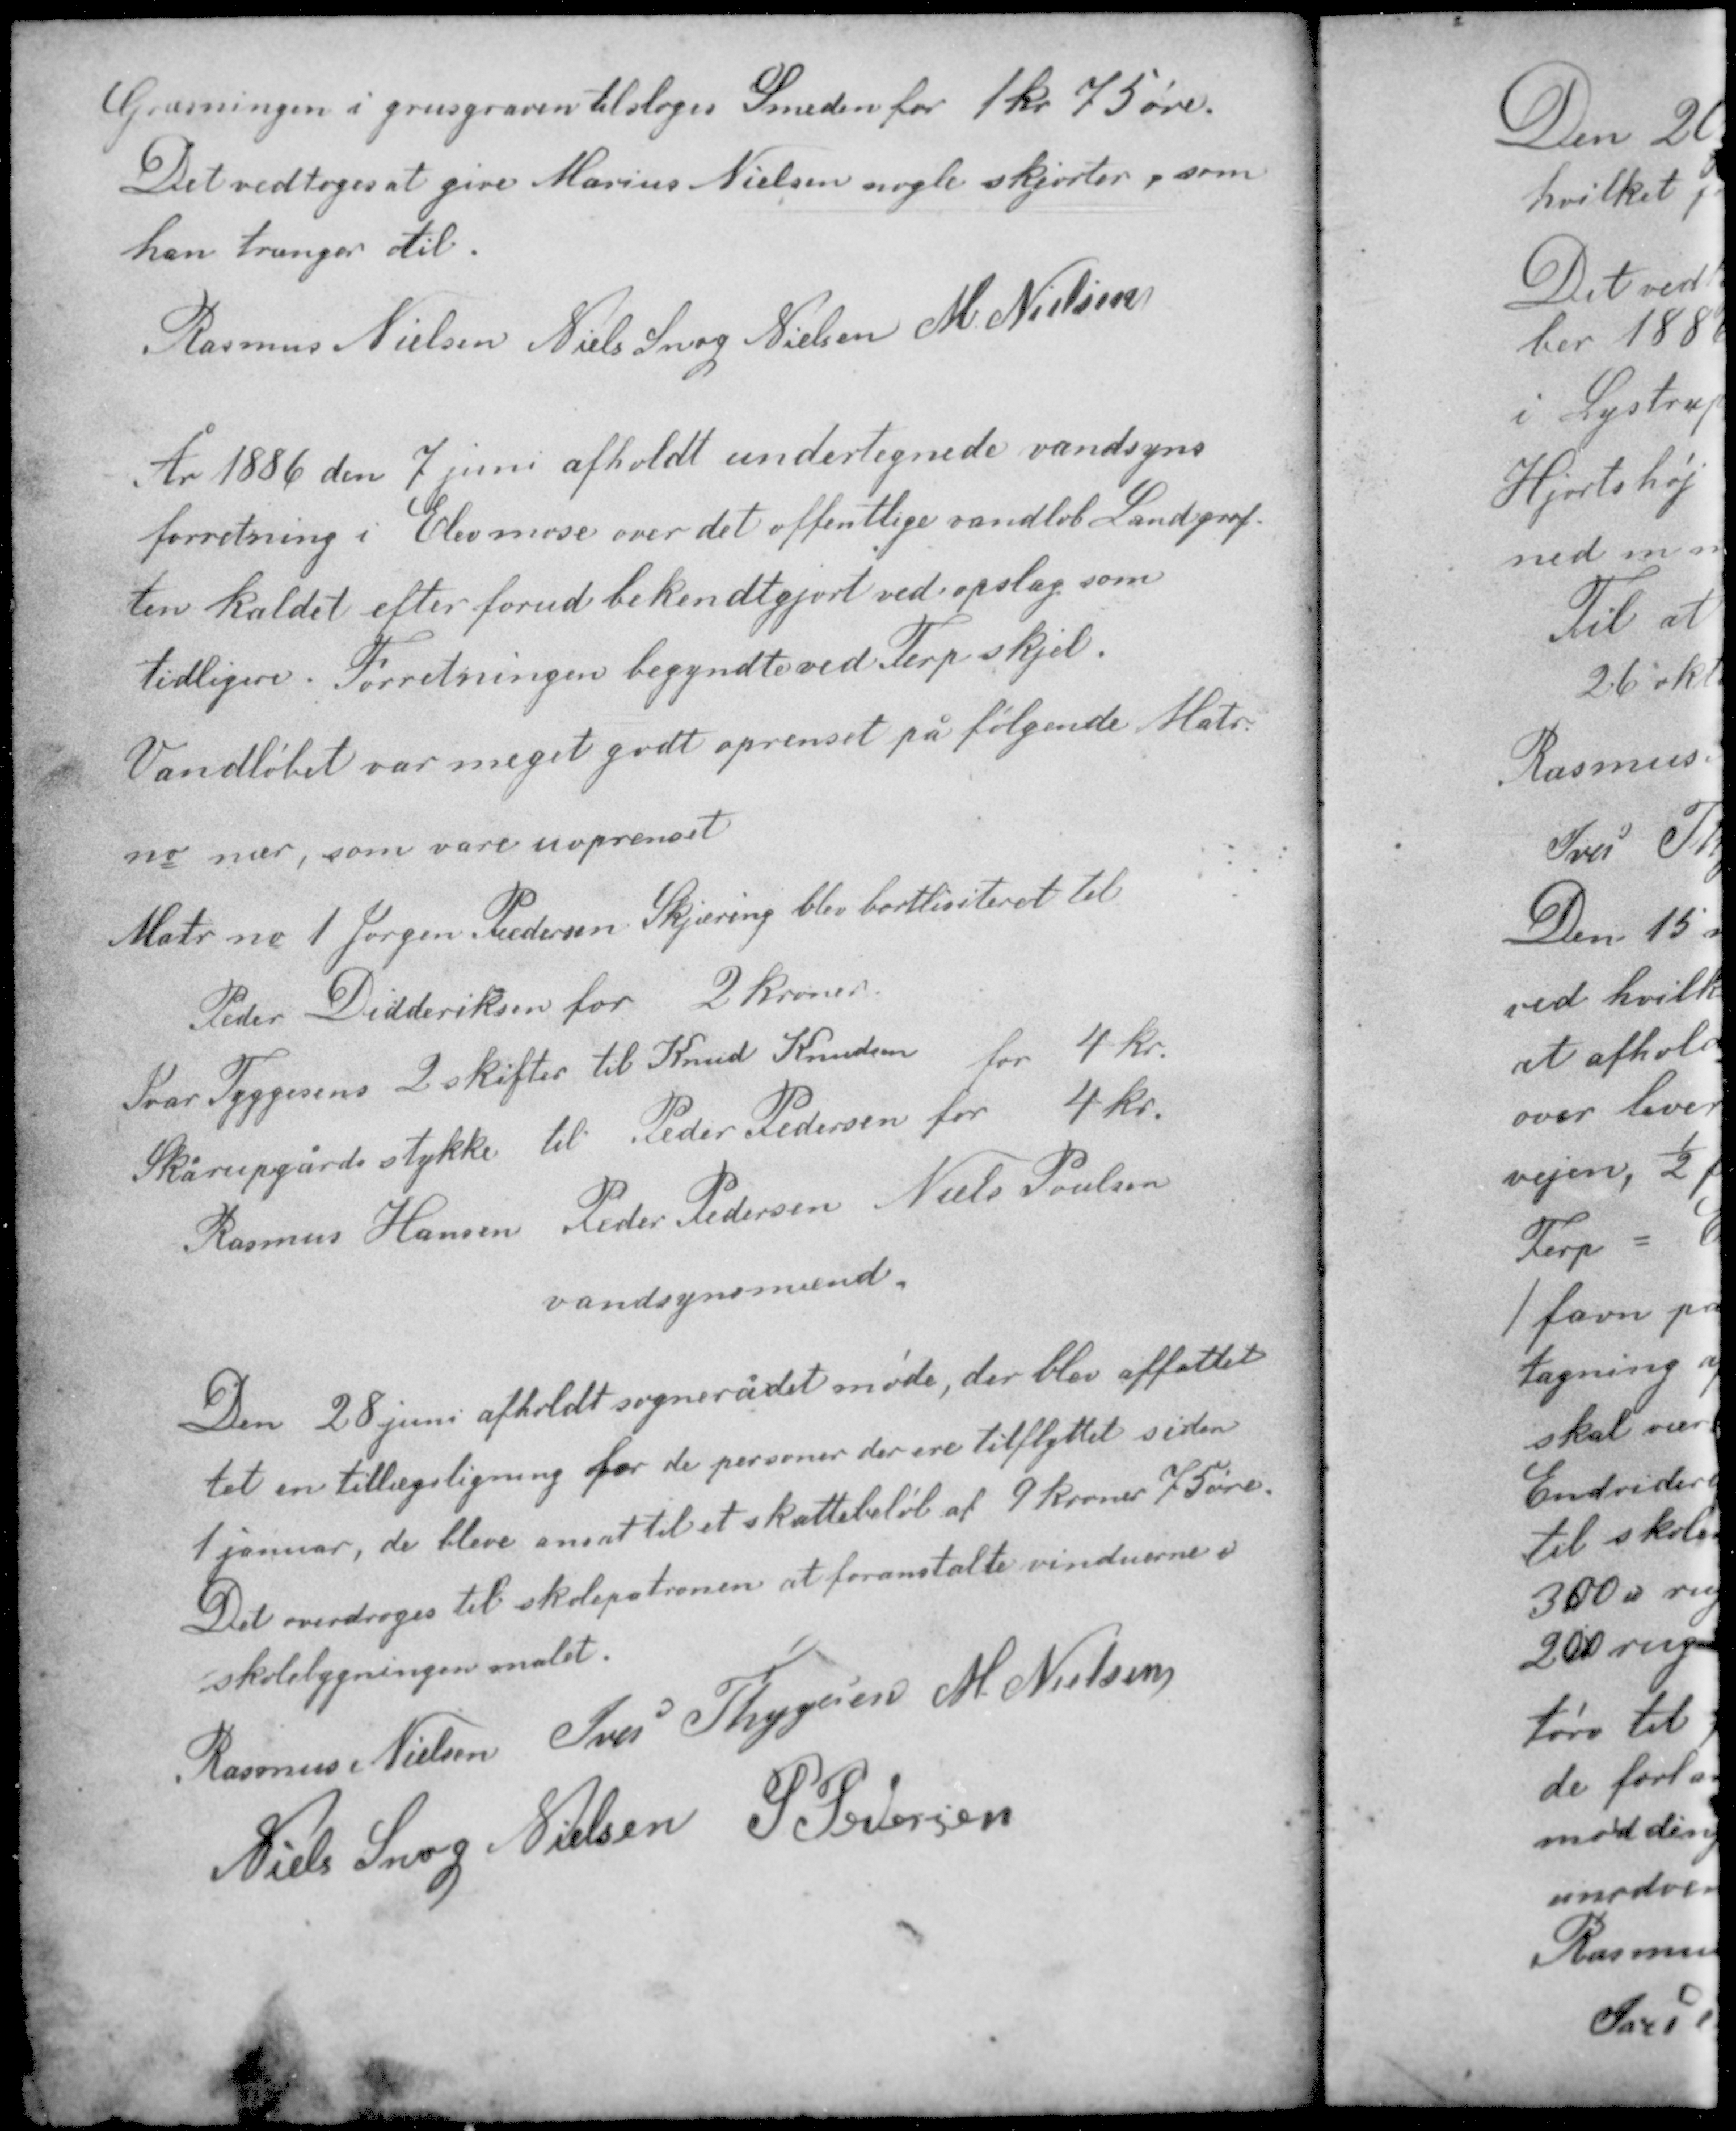
Transskription:
Græsningen i grusgraven tilsloges Smeden for 1 kr 75 øre.
Det vedtoges at give Marius Nielsen nogle skjorter, som
han trænger til.
Rasmus Nielsen Niels Snog Nielsen M. Nielsen

År 1886 den 7 juni afholdt undertegnede vandsyns
forretning i Elev mose over det offentlige vandløb Landgrøf-
ten kaldet efter forud bekendtgjort ved opslag som
tidligere. Forretningen begyndte ved Terp skjel.
Vandløbet var meget godt oprenset på følgende Matr.
nr nær, som vare uoprenset.

Matr. nr. 1 Jørgen Pedersen Skjæring blev bortliciteret til
Peder Didderiksen for 2 kroner
Ivar Tyggesens 2 skifter til Knud Knudsen for 4 kr
Skårupgårds stykke til Peder Pedersen for 4 kr.
Rasmus Hansen Peder Pedersen Niels Poulsen
vandsynsmænd

Den 28 juni afholdt sognerådet møde, der blev affattet
tet en tillægsligning for de personer der ere tilflyttet siden
1 januar, de bleve ansat til et skattebeløb af 9 kroner 75 øre.
Det overdroges til skolepatronen at foranstalte vinduerne i
skolebygningen malet.

Rasmus Nielsen Iver Thygesen M. Nielsen
Niels Snog Nielsen P. Pedersen